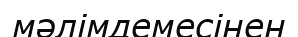
мәлімдемесінен